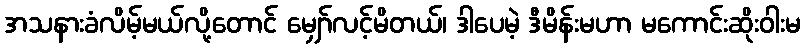
အသနားခံလိမ့်မယ်လို့တောင် မျှော်လင့်မိတယ်၊ ဒါပေမဲ့ ဒီမိန်းမဟာ မကောင်းဆိုးဝါးမ